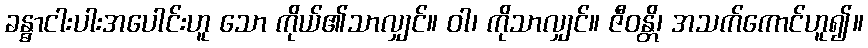
ခန္ဓာငါးပါးအပေါင်းဟူ သော ကိုယ်၏သာလျှင်။ ဝါ၊ ကိုသာလျှင်။ ဇီဝန္တိ၊ အသက်ကောင်ဟူ၍။